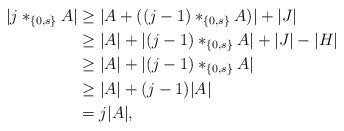
LaTeX: \begin{align*} |j *_{\{ 0, s \}} A| &\ge |A + ((j - 1) *_{\{ 0, s \}} A)| + |J| \\ &\ge |A| + |(j - 1) *_{\{ 0, s \}} A| + |J| - |H| \\ &\ge |A| + |(j - 1) *_{\{ 0, s \}} A| \\ &\ge |A| + (j-1) |A| \\ &= j |A|, \end{align*}